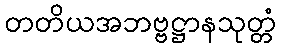
တတိယအဘဗ္ဗဋ္ဌာနသုတ္တံ